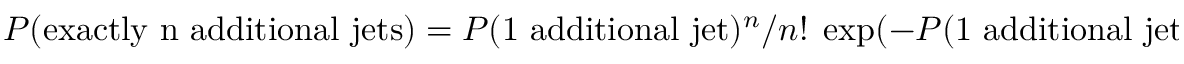
{ \cal P } ( \mathrm { e x a c t l y ~ n ~ a d d i t i o n a l ~ j e t s } ) = { \cal P } ( \mathrm { 1 ~ a d d i t i o n a l ~ j e t } ) ^ { n } / n ! \; \exp ( - { \cal P } ( \mathrm { 1 ~ a d d i t i o n a l ~ j e t } ) )